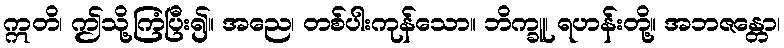
ဣတိ၊ ဤသို့ကြံပြီး၍။ အညေ၊ တစ်ပါးကုန်သော။ ဘိက္ခူ၊ ရဟန်းတို့။ အဘဇန္တော၊